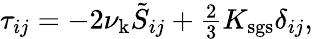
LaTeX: \begin{array}{r}{\tau_{ij}=-2\nu_{\mathrm{k}}\tilde{S}_{ij}+\frac{2}{3}K_{\mathrm{sgs}}\delta_{ij},}\end{array}